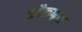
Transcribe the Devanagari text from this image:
ब्लैकफूटों